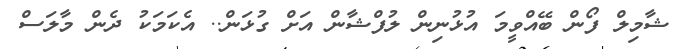
ޝާމިލް ފޯން ބޭއްވީމަ އުޅުނިން ލުފްޝާން އަށް ގުޅަން.. އެކަމަކު ދެން މާލަސް